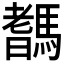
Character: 𩥞